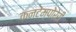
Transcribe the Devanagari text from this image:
कनटेम्पोरेरी